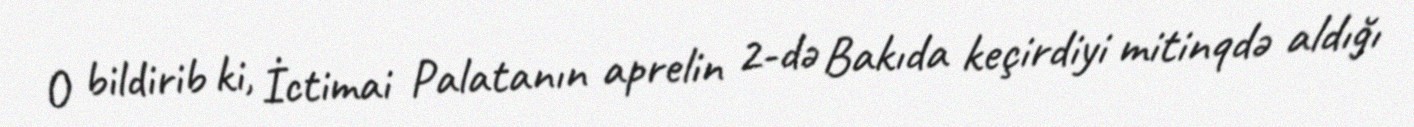
O bildirib ki, İctimai Palatanın aprelin 2-də Bakıda keçirdiyi mitinqdə aldığı